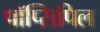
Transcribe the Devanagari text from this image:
पॉप्सिपिल